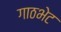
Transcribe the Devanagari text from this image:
गाठभेट